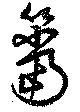
簹